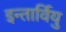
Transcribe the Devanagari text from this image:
इन्तार्वियु